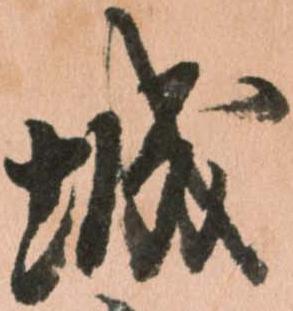
城